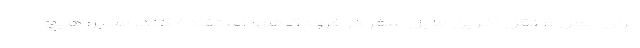
برای حمل و نقل آخرین مایل سفر در فرودگاهها استفاده کند. مخبر: هیچ